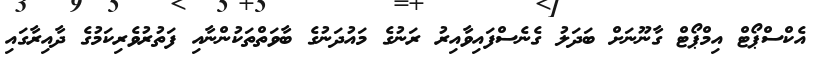
އެކްސްޕޯޓް އިމްޕޯޓް ގާނޫނަށް ބަދަލު ގެނެސްފައިވާއިރު ރަނުގެ މައުދަނުގެ ބާވަތްތަކުންނާއި ފަތުރުވެރިކަމުގެ ދާއިރާގައި